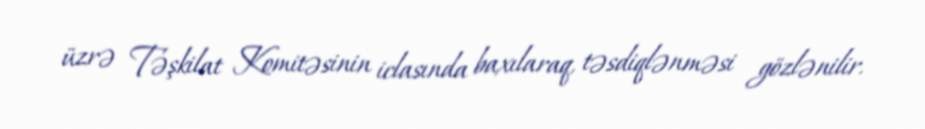
üzrə Təşkilat Komitəsinin iclasında baxılaraq, təsdiqlənməsi gözlənilir.